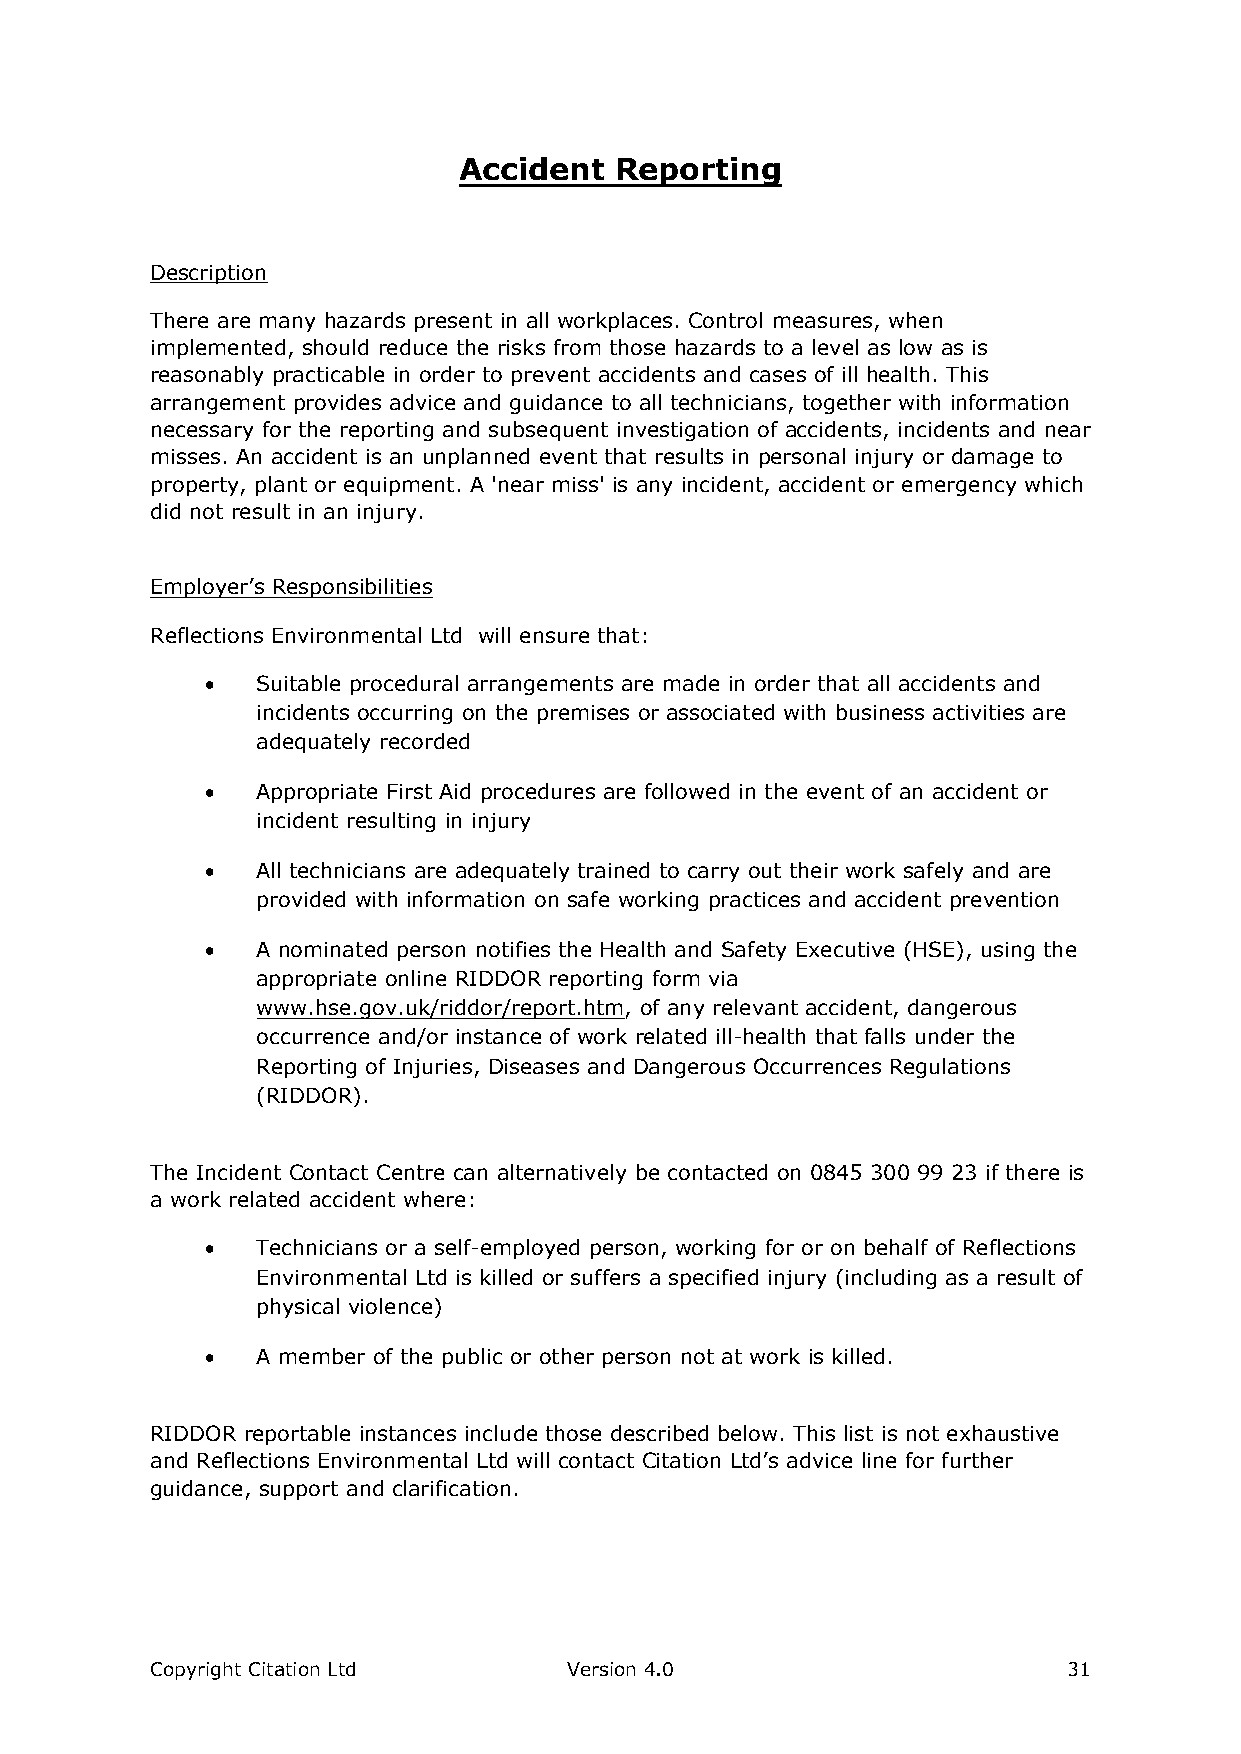
Accident   Reporting
 Description
 There are many hazards present in all workplaces. Control measures, when
 implemented, should reduce the risks from those hazards to a level as low as is
 reasonably practicable in order to prevent accidents and cases of ill health. This
 arrangement provides advice and guidance to all technicians, together with information
 necessary for the reporting and subsequent investigation of accidents, incidents and near
 misses. An accident is an unplanned event that results in personal injury or damage to
 property, plant or equipment. A 'near miss' is any incident, accident or emergency which
 did not result in an injury.
 Employer’s Responsibilities
 Reflections Environmental Ltd will ensure that:
   Suitable procedural arrangements are made in order that all accidents and
 incidents occurring on the premises or associated with business activities are
 adequately recorded
   Appropriate First Aid procedures are followed in the event of an accident or
 incident resulting in injury
   All technicians are adequately trained to carry out their work safely and are
 provided with information on safe working practices and accident prevention
   A nominated person notifies the Health and Safety Executive (HSE), using the
 appropriate online RIDDOR reporting form via
 www.hse.gov.uk/riddor/report.htm, of any relevant accident, dangerous
 occurrence and/or instance of work related ill-health that falls under the
 Reporting of Injuries, Diseases and Dangerous Occurrences Regulations
 (RIDDOR).
 The Incident Contact Centre can alternatively be contacted on 0845 300 99 23 if there is
 a work related accident where:
   Technicians or a self-employed person, working for or on behalf of Reflections
 Environmental Ltd is killed or suffers a specified injury (including as a result of
 physical violence)
   A member of the public or other person not at work is killed.
 RIDDOR reportable instances include those described below. This list is not exhaustive
 and Reflections Environmental Ltd will contact Citation Ltd’s advice line for further
 guidance, support and clarification.
 Copyright Citation Ltd      Version 4.0                      31